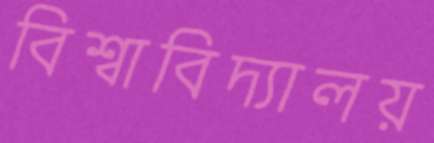
বিশ্বাবিদ্যালয়